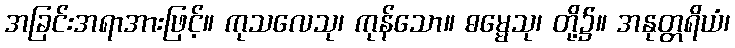
အခြင်းအရာအားဖြင့်။ ကုသလေသု၊ ကုန်သော။ ဓမ္မေသု၊ တို့၌။ အနုတ္တရိယံ၊